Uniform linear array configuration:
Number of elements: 12
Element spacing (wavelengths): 0.5
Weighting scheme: hamming
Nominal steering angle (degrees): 30
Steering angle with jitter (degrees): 28.43
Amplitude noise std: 0.05
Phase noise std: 0.05

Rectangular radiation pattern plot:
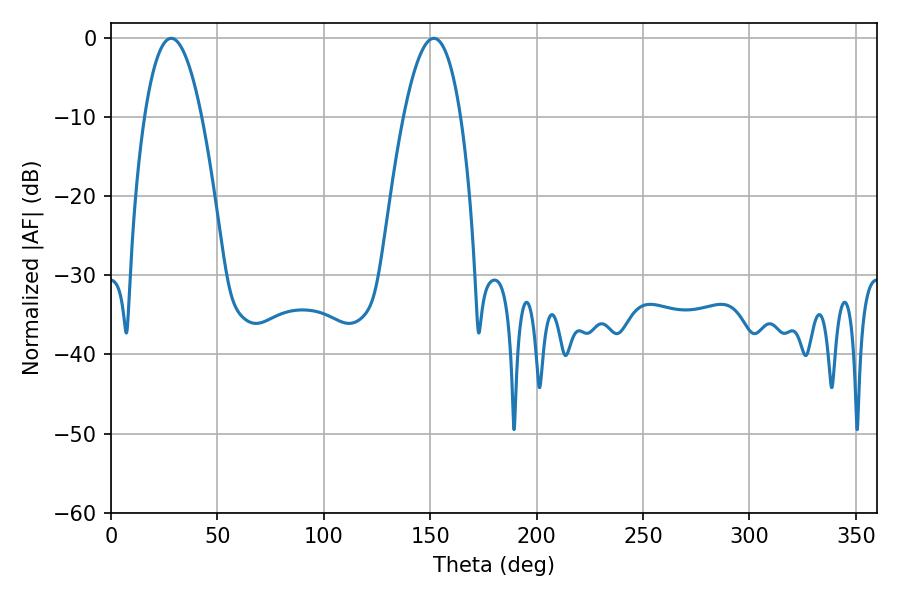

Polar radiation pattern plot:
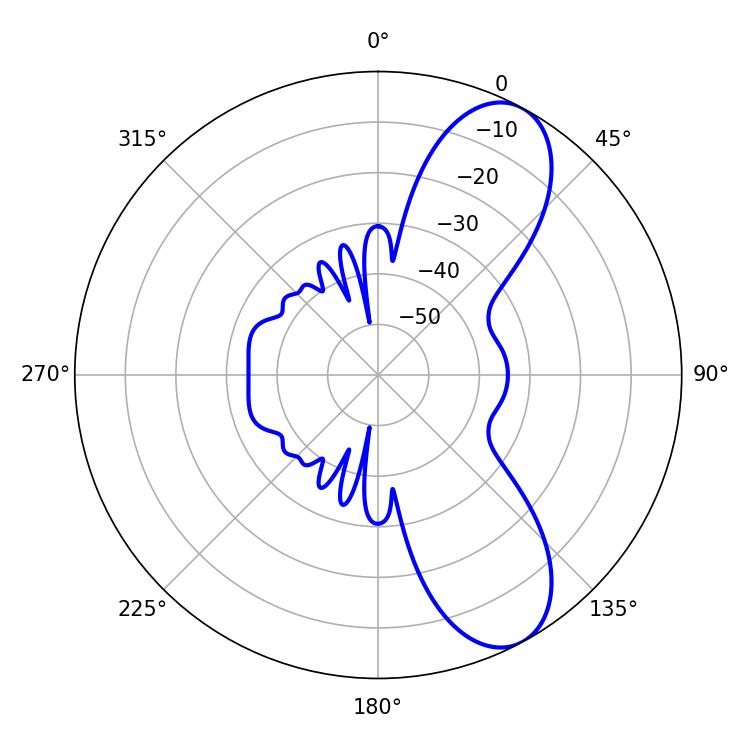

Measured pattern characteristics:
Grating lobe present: FALSE
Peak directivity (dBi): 8.771
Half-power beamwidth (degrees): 14.76
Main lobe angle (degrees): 28.26